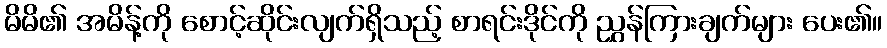
မိမိ၏ အမိန့်ကို စောင့်ဆိုင်းလျက်ရှိသည့် စာရင်းဒိုင်ကို ညွှန်ကြားချက်များ ပေး၏။